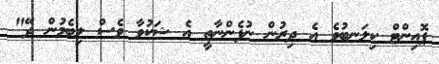
ޕޮއިންޓް ކިލަނބުވެ އެ ދިރުން ނުފެންނާތީ އެ ޝަކުވާ ވެސް ލިބެމުން ދޭ"